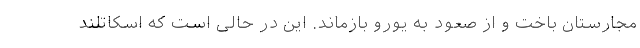
مجارستان باخت و از صعود به یورو بازماند. این در حالی است که اسکاتلند